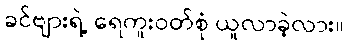
ခင်ဗျားရဲ့ ရေကူးဝတ်စုံ ယူလာခဲ့လား။